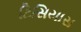
ટિસિયાસ